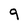
Character: 9